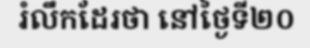
រំលឹកដែរថា នៅថ្ងៃទី២០